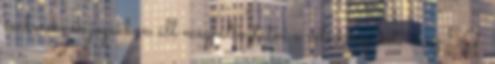
embereknek jogukban áll megváltoztatni a véleményüket, és az 50.